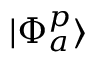
| \Phi _ { a } ^ { p } \rangle